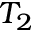
T _ { 2 }